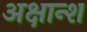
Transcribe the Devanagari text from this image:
अक्षान्श